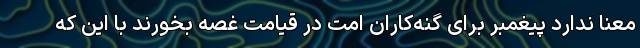
معنا ندارد پیغمبر برای گنه‌کاران امت در قیامت غصه بخورند با این که